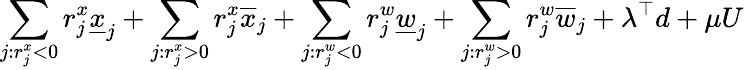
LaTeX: \sum_{j:r_{j}^{x}<0}r_{j}^{x}\underline{{x}}_{j}+\sum_{j:r_{j}^{x}>0}r_{j}^{x}\overline{{x}}_{j}+\sum_{j:r_{j}^{w}<0}r_{j}^{w}\underline{{w}}_{j}+\sum_{j:r_{j}^{w}>0}r_{j}^{w}\overline{{w}}_{j}+\lambda^{\top}d+\mu U